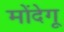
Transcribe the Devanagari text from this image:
मोंदेगू